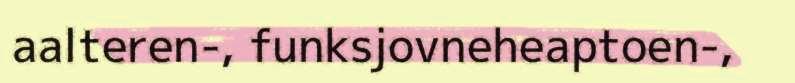
aalteren-, funksjovneheaptoen-,